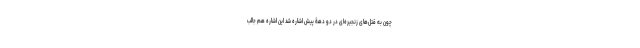
چون به قتل‌های زنجیره‌ای در دو دهۀ پیش اشاره شد این اشاره هم جالب